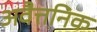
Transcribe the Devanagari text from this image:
अवैत्तनिक